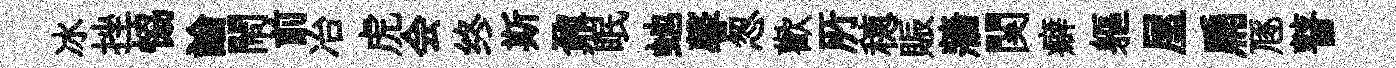
冰挫恊論閙前冶虎会终斯鼐眠虵馨怱歡𠩄穂賑牆関癖軀屋扁豗瞽